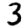
Digit: 3